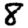
Digit: 8